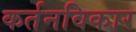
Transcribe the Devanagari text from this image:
कर्तनविकार